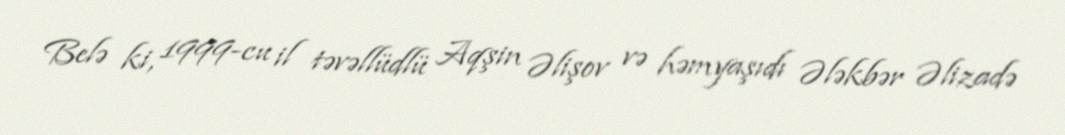
Belə ki, 1999-cu il təvəllüdlü Aqşin Əlişov və həmyaşıdı Ələkbər Əlizadə